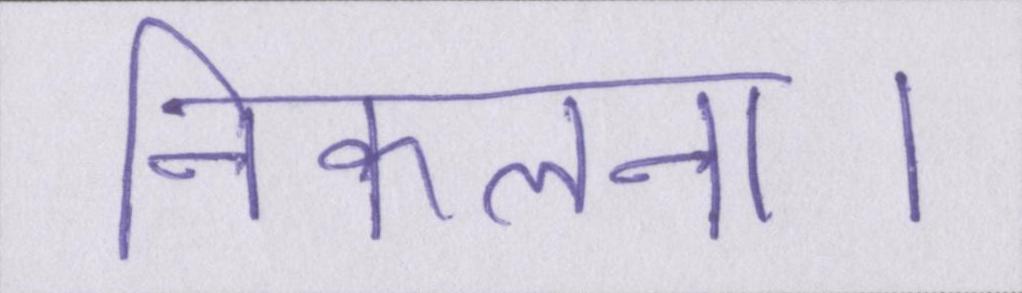
निकलना।